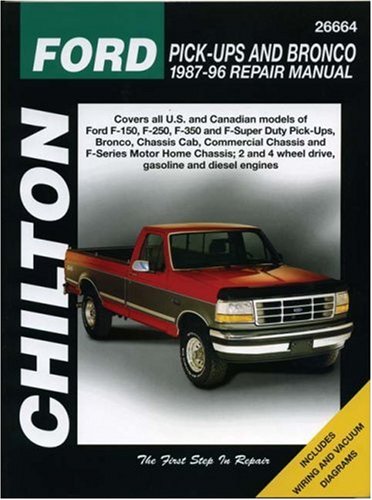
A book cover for Chilton's Ford Pick-Ups and Bronco 1987-96 Repair Manual (Chilton's Total Car Care Repair Manual); Engineering & Transportation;